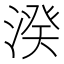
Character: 湀